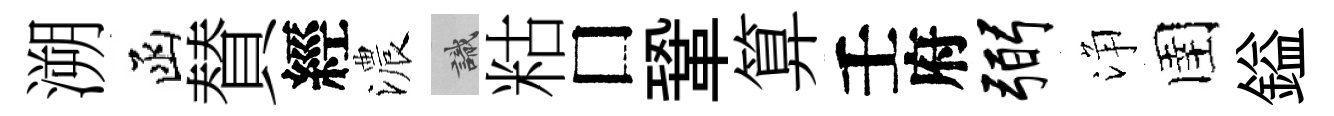
溯函賛經濃識䊀□鞏算壬府弼浄圉鎰